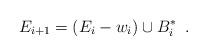
LaTeX: \begin{align*}E_{i+1} = (E_{i} - w_i) \cup B_i^* \enspace .\end{align*}